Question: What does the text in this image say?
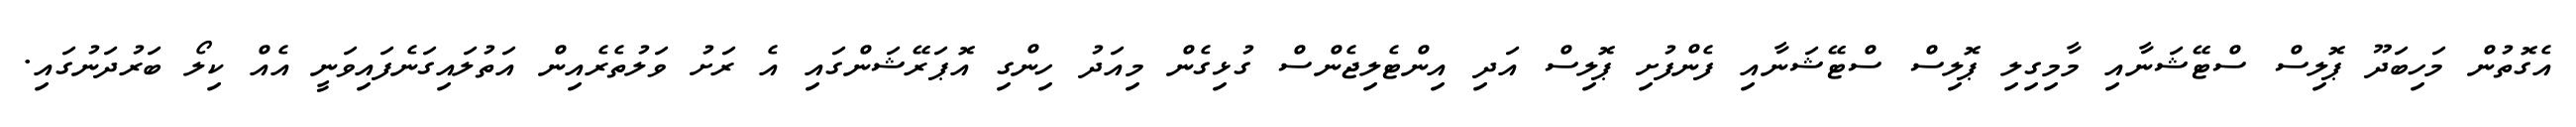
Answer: އެގޮތުން މަހިބަދޫ ޕޮލިސް ސްޓޭޝަނާއި މާމިގިލި ޕޮލިސް ސްޓޭޝަނާއި ފެންފުށި ޕޮލިސް އަދި އިންޓެލިޖެންސް ގުޅިގެން މިއަދު ހިންގި އޮޕަރޭޝަންގައި އެ ރަށު ވަލުތެރެއިން އަތުލައިގަނެފައިވަނީ އެއް ކިލޯ ބަރުދަނުގައި.